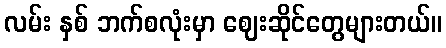
လမ်း နှစ် ဘက်စလုံးမှာ ဈေးဆိုင်တွေများတယ်။